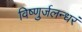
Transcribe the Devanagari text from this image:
विष्णुर्जलन्धरं